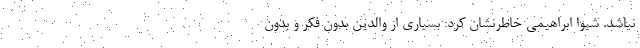
نباشد. شیوا ابراهیمی خاطرنشان کرد: بسیاری از والدین بدون فکر و بدون